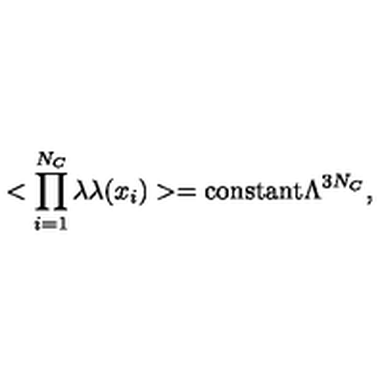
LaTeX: < \prod _ { i = 1 } ^ { N _ { C } } \lambda \lambda ( x _ { i } ) > = \mathrm { c o n s t a n t } \Lambda ^ { 3 N _ { C } } ,